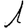
Digit: 1